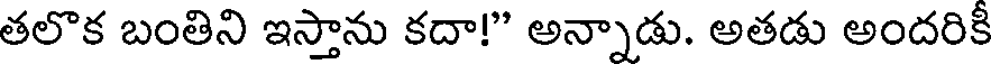
తలొక బంతిని ఇస్తాను కదా!" అన్నాడు. అతడు అందరికీ